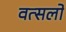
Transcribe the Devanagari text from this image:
वत्सलो